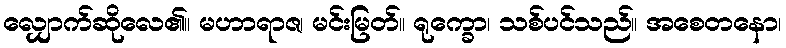
လျှောက်ဆိုလေ၏။ မဟာရာဇ၊ မင်းမြတ်။ ရုက္ခော၊ သစ်ပင်သည်။ အစေတနော၊